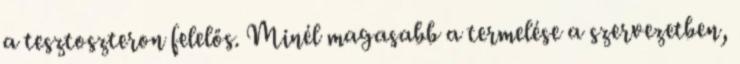
a tesztoszteron felelős. Minél magasabb a termelése a szervezetben,